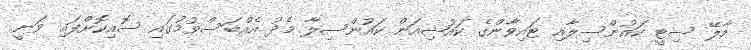
މާލޭ ސިޓީ ކައުންސިލާއި ޓައިވާންގެ ކައުޝިއަން ކައުންސިލާ މެދު އެއްބަސްވުމުގައި ސޮއިކޮށްފައި ވަނީ